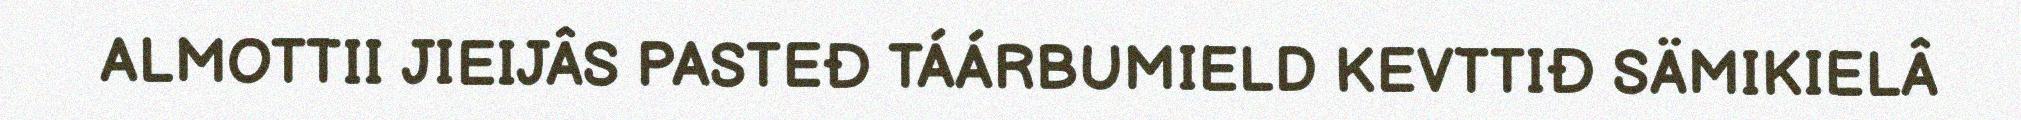
ALMOTTII JIEIJÂS PASTEĐ TÁÁRBUMIELD KEVTTIĐ SÄMIKIELÂ